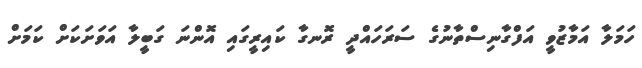
ހަމަލާ އަމާޒުވީ އަފްގާނިސްތާނުގެ ސަރަހައްދީ ރޮނގާ ކައިރީގައި އޮންނަ ގަބީލާ އަވަށަކަށް ކަމަށް